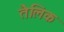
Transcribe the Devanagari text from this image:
तैलिक